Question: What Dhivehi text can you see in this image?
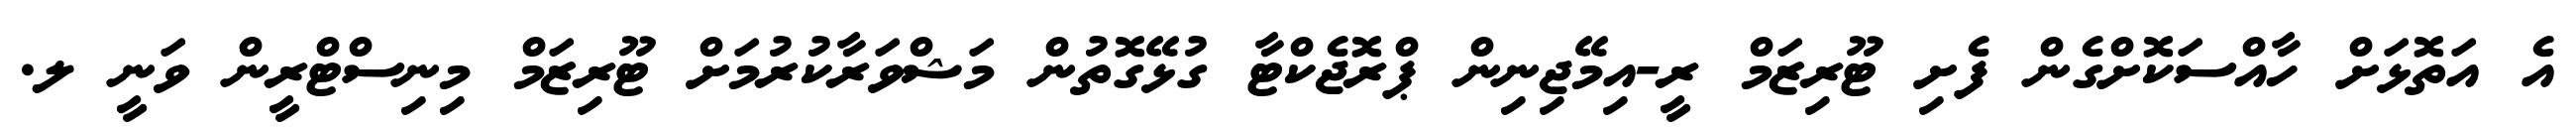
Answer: އެ އަތޮޅަށް ހާއްސަކޮށްގެން ފެށި ޓޫރިޒަމް ރީ-އިމޭޖިނިން ޕްރޮޖެކްޓާ ގުޅޭގޮތުން މަޝްވަރާކުރުމަށް ޓޫރިޒަމް މިނިސްޓްރީން ވަނީ ލ.